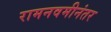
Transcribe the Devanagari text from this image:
रामनवमीनंतर